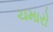
ચમારો